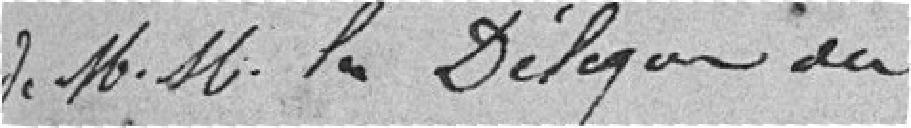
M.M.les délégués des